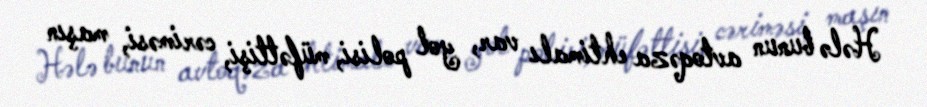
Hələ bunun avtoqəza ehtimalı var, yol polisi, müfəttişi, cəriməsi, maşın